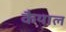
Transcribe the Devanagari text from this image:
कैयाल